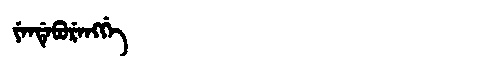
Manchu: ᠶᡝᠨᡩᡝᠪᡠᡵᡝᠩᡤᡝ
Romanization: YENDEBURENGGE